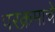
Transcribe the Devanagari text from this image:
परक्रमाचे